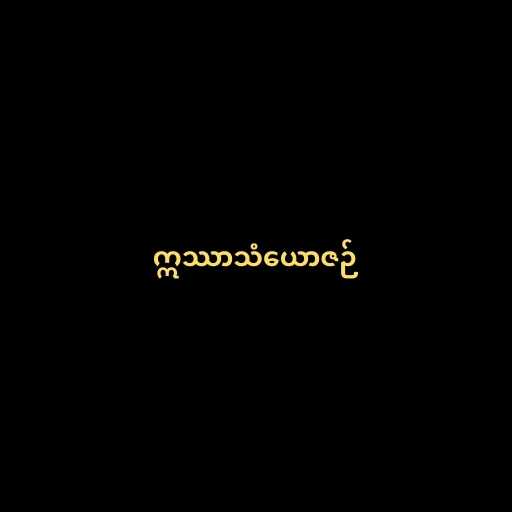
ဣဿာသံယောဇဉ်